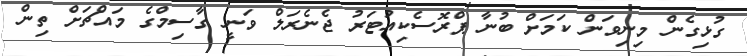
ގުޅިގެން މިނިވަން ކަމަށް ބުނާ ޕްރޮސެކިއުޓަރު ޖެނެރަލް ވަނީ ގާސިމްގެ މައްޗަށް ތިން